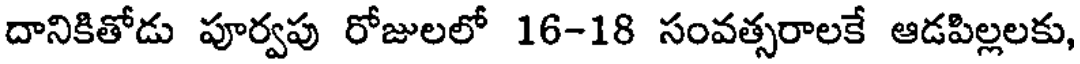
దానికితోడు పూర్వపు రోజులలో 16-18 సంవత్సరాలకే ఆడపిల్లలకు,